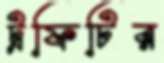
ট্রফিটির